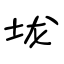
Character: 垅